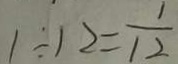
1 \div 1 2 = \frac { 1 } { 1 2 }